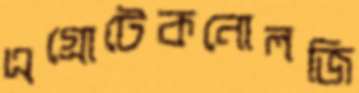
এগ্রোটেকনোলজি